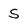
Character: 5